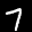
Label: 7